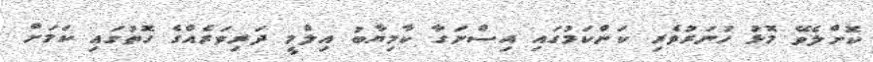
ކޮށްލެވޭ މޮޅު ހުނަރުވެރި ކަންކަމުގައި އިސްނަގާ ކާމިޔާބު އިލްމީ ދަރިވަރެއްގެ ގޮތުގައި ކަމަށް